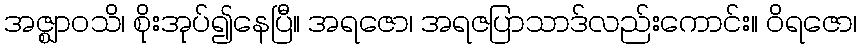
အဇ္ဈာဝသိ၊ စိုးအုပ်၍နေပြီ။ အရဇော၊ အရဇပြာသာဒ်လည်းကောင်း။ ဝိရဇော၊